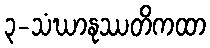
၃-သံဃာနုဿတိကထာ